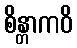
စိန္တာကဝိ